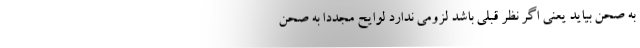
به صحن بیاید یعنی اگر نظر قبلی باشد لزومی ندارد لوایح مجددا به صحن